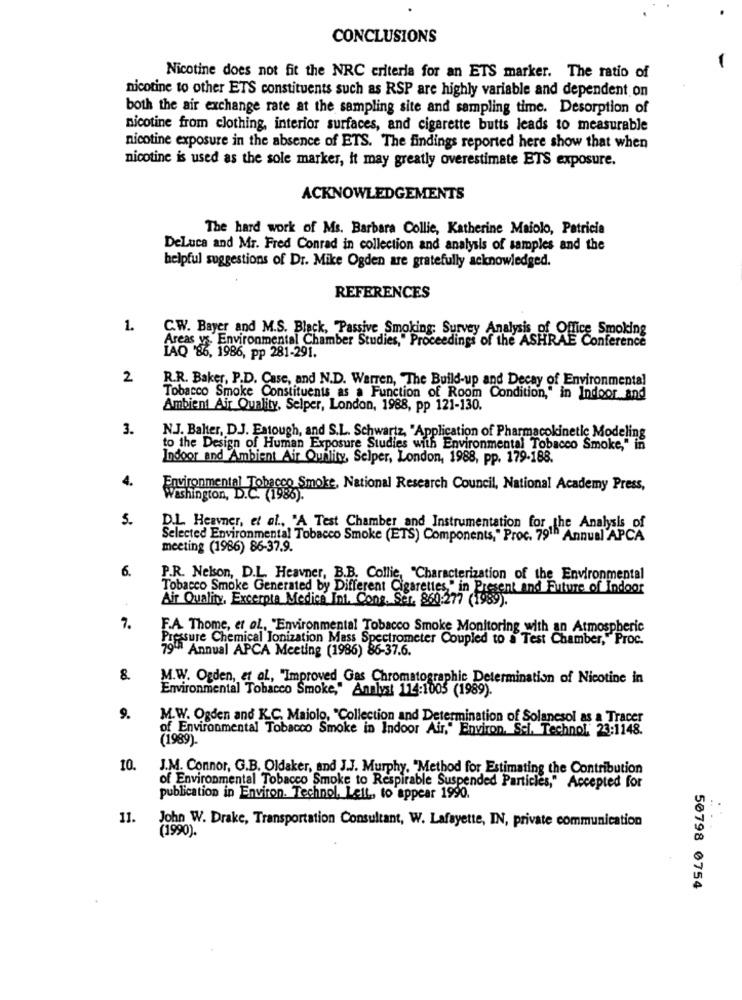
CONCLUSIONS
Nicotine does not fit the NRC criteria for an ETS marker. The ratio of
nicotine to other ETS constituents such as RSP are highly variable and dependent on
both the air exchange rate at the sampling site and sampling time. Desorption of
nicotine from clothing, interior surfaces, and cigarette butts leads to measurable
nicotine exposure in the absence of ETS. The findings reported here show that when
nicotine is used as the sole marker, it may greatly overestimate ETS exposure.
ACKNOWLEDGEMENTS
The hard work of Ms. Barbara Collie, Katherine Maiolo, Patricia
DeLuca and Mr. Fred Conrad in collection and analysis of samples and the
helpful suggestions of Dr. Mike Ogden are gratefully acknowledged.
REFERENCES
1.
C.W. Bayer and M.S. Black, "Passive Smoking: Survey Analysis of Office Smoking
Areas vs. Environmental Chamber Studies," Proceedings of the ASHRAE Conference
LAQ '86, 1986, pp 281-291.
2
R.R. Baker, P.D. Case, and N.D. Warren, "The Build-up and Decay of Environmental
Tobacco Smoke Constituents as a Function of Room Condition," in Indoor and
Ambient Air Quality, Selper, London, 1988, pp 121-130.
3.
N.J. Balter, D.J. Estough, and S.L. Schwartz, "Application of Pharmacokinetic Modeling
to the Design of Human Exposure Studies with Environmental Tobacco Smoke," in
Indoor and Ambient Air Quality, Selper, London, 1988, pp. 179-188.
4.
Environmental Tobacco Smoke, National Research Council, National Academy Press,
Washington, D.C. (1986).
5.
D.L. Heavner, et al ., "A Test Chamber and Instrumentation for the Analysis of
Selected Environmental Tobacco Smoke (ETS) Components," Proc. 791" Annual APCA
meeting (1986) 86-37.9.
6.
P.R. Nelson, D.L. Heavner, B.B. Collie, "Characterization of the Environmental
Tobacco Smoke Generated by Different Cigarettes," in Present and Future of Indoor
Air Quality, Excerpta Medica Int. Cons. Ser. 860:277 (1989).
7.
F.A. Thome, et al ., "Environmental Tobacco Smoke Monitoring with an Atmospheric
Pressure Chemical Ionization Mass Spectrometer Coupled to a Test Chamber," Proc.
79" Annual APCA Meeting (1986) 86-37.6.
8.
M.W. Ogden, et al, "Improved Gas Chromatographic Determination of Nicotine in
Environmental Tobacco Smoke," Analyst 114:1005 (1989).
9.
M.W. Ogden and K.C. Maiolo, "Collection and Determination of Solanesol as a Tracer
of Environmental Tobacco Smoke in Indoor Air," Environ. Sci. Technol, 23:1148.
(1989).
10.
J.M. Connor, G.B. Oldaker, and J.J. Murphy, "Method for Estimating the Contribution
of Environmental Tobacco Smoke to Respirable Suspended Particles," Accepted for
publication in Environ. Technol. Lett, to appear 1990.
11.
John W. Drake, Transportation Consultant, W. Lafayette, IN, private communication
(1990).
50798 0754